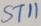
Text: ST11